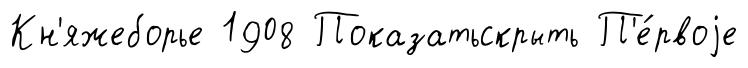
Кн'яжеборье 1908 Показатьскрыть П'е́рвоjе